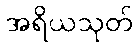
အရိယသုတ်